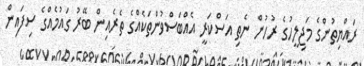
ރައްޔިތުންގެ މަޖިލީހުގެ ރުހުން ނެތި އަސްކަރީ އެއްބަސްވުންތަކެއްގެ ތެރެއިން ބޭރު ގައުމެއްގެ ސިފައިން